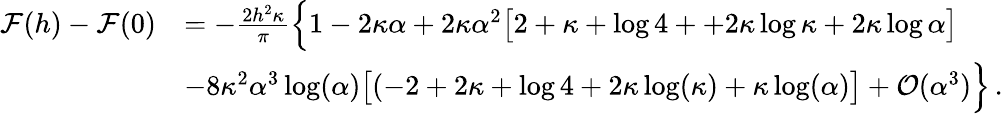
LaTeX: \begin{array}{rl}{\mathcal{F}(h)-\mathcal{F}(0)}&{=-\frac{2h^{2}\kappa}{\pi}\Big\{ 1-2\kappa\alpha+2\kappa\alpha^{2}\big[2+\kappa+\log 4++2\kappa\log\kappa+2\kappa\log\alpha\big]}\\ &{-8\kappa^{2}\alpha^{3}\log(\alpha)\big[(-2+2\kappa+\log 4+2\kappa\log(\kappa)+\kappa\log(\alpha)\big]+\mathcal{O}(\alpha^{3})\Big\} \, .}\end{array}